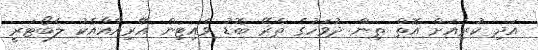
އަދި ކުރިއަށް އޮތް ތިން ދުވަހުގެ ތެރޭ ބޮޑު ވެއިޓިން އޭރިއާއާއެކު ލެބޯޓަރީ